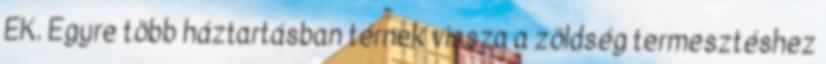
EK. Egyre több háztartásban térnek vissza a zöldség termesztéshez